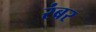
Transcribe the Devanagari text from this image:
रंबर